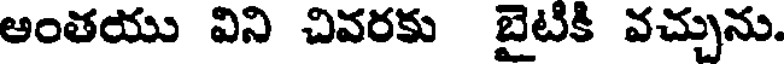
అంతయు విని చివరకు బైటికి వచ్చును.